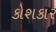
કોશકાર